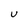
Character: U